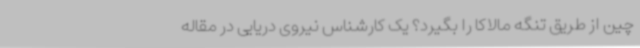
چین از طریق تنگه مالاکا را بگیرد؟ یک کارشناس نیروی دریایی در مقاله